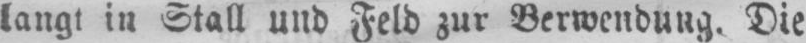
langt in Stall und Feld zur Verwendung. Die